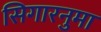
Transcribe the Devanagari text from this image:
सिगारनुमा